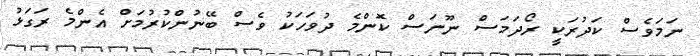
ނަމަވެސް ކަދުރަކީ ރޯދަމަސް ނޫނަސް ކޮންމެ ދުވަހަކު ވެސް ބޭނުންކުރުމަށް އެންމެ ރަގަޅު